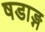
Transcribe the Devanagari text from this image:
षडाङ्ग